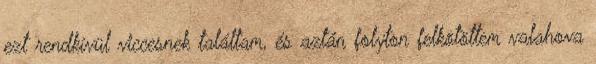
ezt rendkívül viccesnek találtam, és aztán folyton felkötöttem valahova